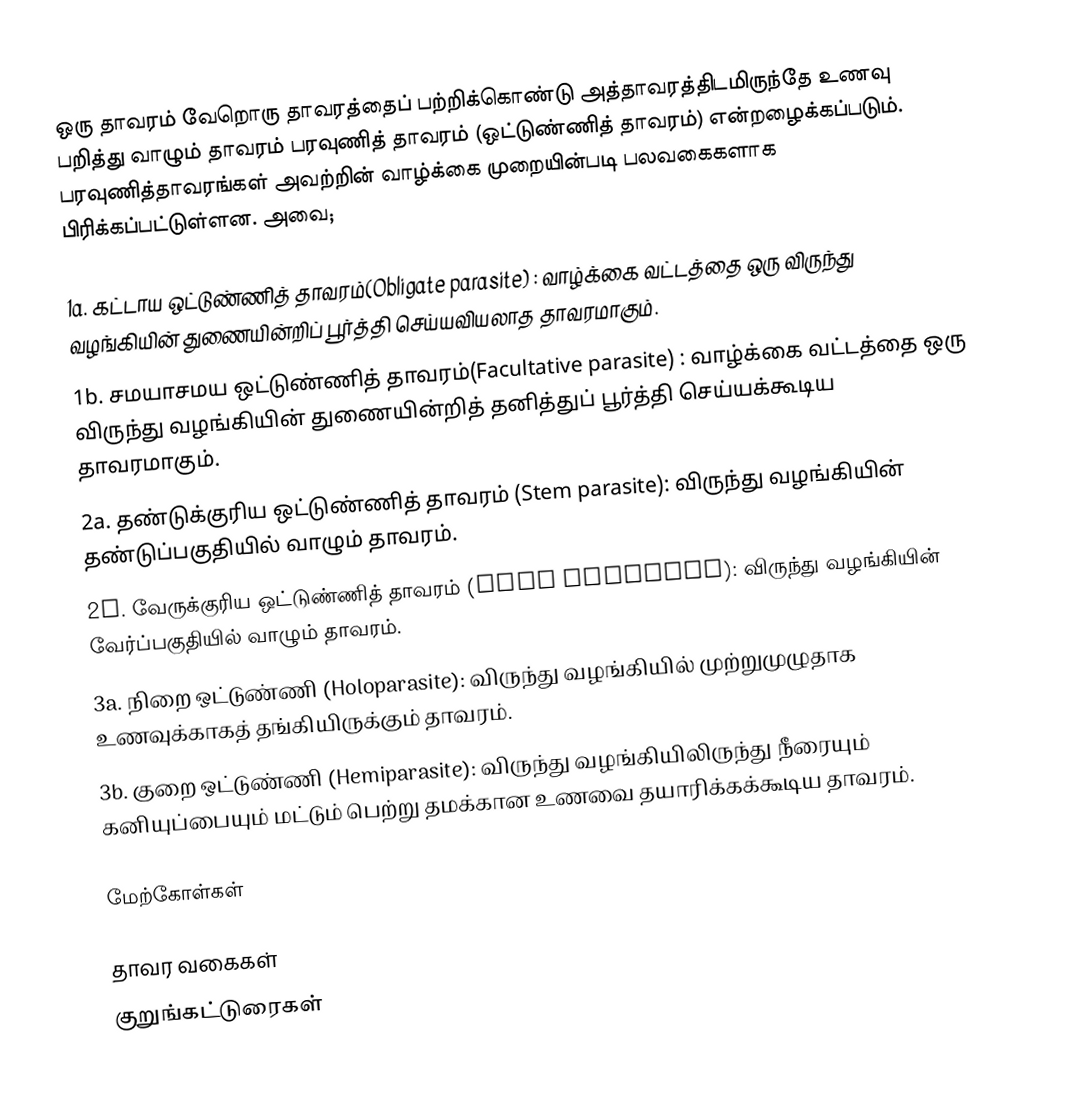
ஒரு தாவரம் வேறொரு தாவரத்தைப் பற்றிக்கொண்டு அத்தாவரத்திடமிருந்தே உணவு பறித்து வாழும் தாவரம் பரவுணித் தாவரம் (ஒட்டுண்ணித்  தாவரம்) என்றழைக்கப்படும். பரவுணித்தாவரங்கள் அவற்றின் வாழ்க்கை முறையின்படி பலவகைகளாக பிரிக்கப்பட்டுள்ளன. அவை;

1a. கட்டாய  ஒட்டுண்ணித் தாவரம்(Obligate parasite) : வாழ்க்கை வட்டத்தை  ஒரு விருந்து வழங்கியின் துணையின்றிப் பூர்த்தி செய்யவியலாத தாவரமாகும்.
1b. சமயாசமய ஒட்டுண்ணித் தாவரம்(Facultative parasite) : வாழ்க்கை வட்டத்தை  ஒரு விருந்து வழங்கியின் துணையின்றித்  தனித்துப் பூர்த்தி செய்யக்கூடிய தாவரமாகும்.
2a. தண்டுக்குரிய ஒட்டுண்ணித் தாவரம் (Stem parasite): விருந்து வழங்கியின் தண்டுப்பகுதியில் வாழும் தாவரம்.
2b. வேருக்குரிய ஒட்டுண்ணித் தாவரம் (Root parasite): விருந்து வழங்கியின் வேர்ப்பகுதியில் வாழும் தாவரம்.
3a. நிறை ஒட்டுண்ணி (Holoparasite): விருந்து வழங்கியில் முற்றுமுழுதாக உணவுக்காகத்  தங்கியிருக்கும்  தாவரம்.
3b. குறை ஒட்டுண்ணி (Hemiparasite): விருந்து வழங்கியிலிருந்து நீரையும் கனியுப்பையும் மட்டும் பெற்று தமக்கான உணவை தயாரிக்கக்கூடிய  தாவரம்.

மேற்கோள்கள்

தாவர வகைகள்
குறுங்கட்டுரைகள்